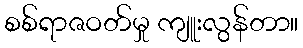
စစ်ရာဇဝတ်မှု ကျူးလွန်တာ။